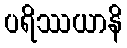
ပရိဿယာနိ